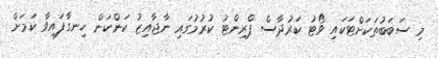
މި ސަބަބުތަކަށްޓަކައި ވޯޯޓު ކަރުދާސް ޕްރިންޓު ކުރުމުގައި ނާޖާއިޒު ކަންކަން ހިނގާފައިވާ ކަމަށް